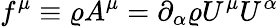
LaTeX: f^{\mu}\equiv\varrho A^{\mu}=\partial_{\alpha}\varrho U^{\mu}U^{\alpha}